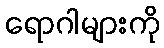
ရောဂါများကို